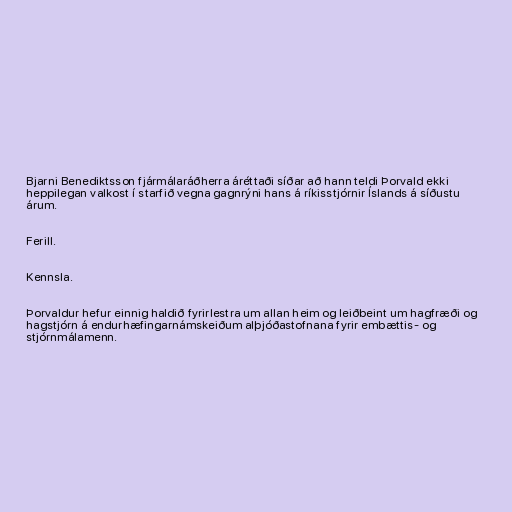
Bjarni Benediktsson fjármálaráðherra áréttaði síðar að hann teldi Þorvald ekki
heppilegan valkost í starfið vegna gagnrýni hans á ríkisstjórnir Íslands á síðustu
árum.

Ferill.

Kennsla.

Þorvaldur hefur einnig haldið fyrirlestra um allan heim og leiðbeint um hagfræði og
hagstjórn á endurhæfingarnámskeiðum alþjóðastofnana fyrir embættis- og
stjórnmálamenn.